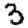
Digit: 3